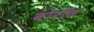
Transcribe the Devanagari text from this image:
बोरोज